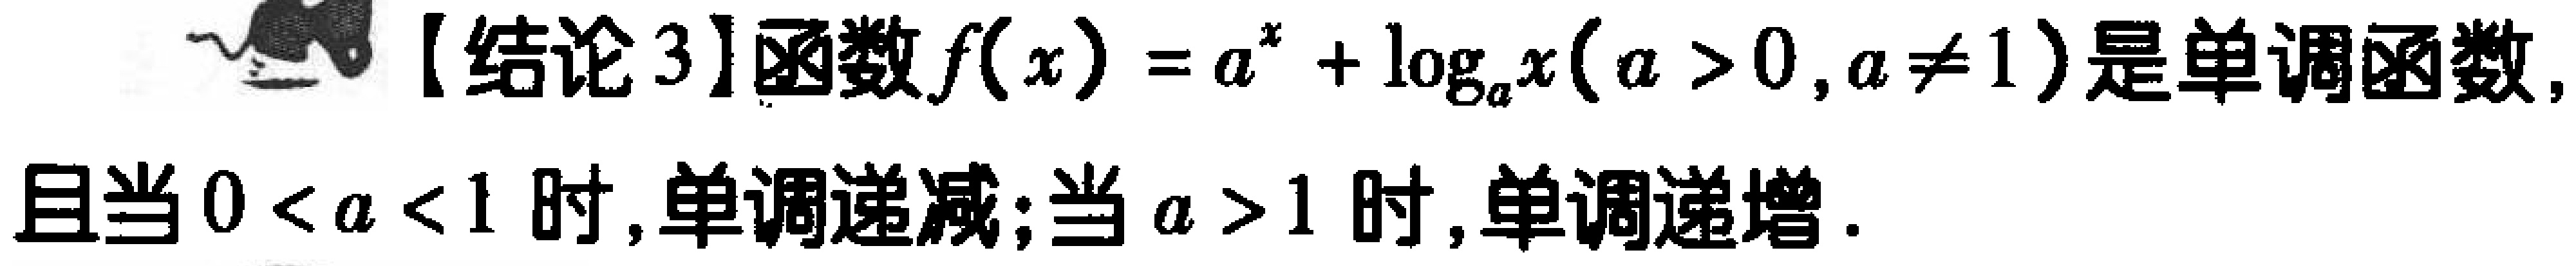
【结论3】函数\(f(x)=a^{x}+\log_{a}x(a > 0,a\neq1)\)是单调函数,且当\(0 < a < 1\)时,单调递减;当\(a > 1\)时,单调递增.